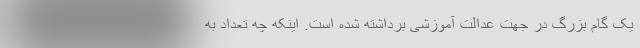
یک گام بزرگ در جهت عدالت آموزشی برداشته شده است. اینکه چه تعداد به